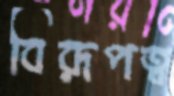
বিরূপত্ব